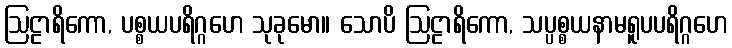
ဩဠာရိကော, ပစ္စယပရိဂ္ဂဟေ သုခုမော။ သောပိ ဩဠာရိကော, သပ္ပစ္စယနာမရူပပရိဂ္ဂဟေ